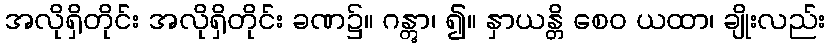
အလိုရှိတိုင်း အလိုရှိတိုင်း ခဏ၌။ ဂန္တွာ၊ ၍။ နှာယန္တိ စေဝ ယထာ၊ ချိုးလည်း